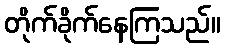
တိုက်ခိုက်နေကြသည်။